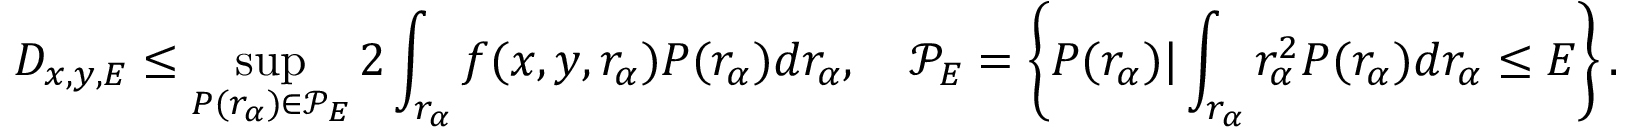
D _ { x , y , E } \leq \operatorname* { s u p } _ { P ( r _ { \alpha } ) \in \mathcal { P } _ { E } } 2 \int _ { r _ { \alpha } } f ( x , y , r _ { \alpha } ) P ( r _ { \alpha } ) d r _ { \alpha } , \quad \mathcal { P } _ { E } = \left\{ P ( r _ { \alpha } ) | \int _ { r _ { \alpha } } r _ { \alpha } ^ { 2 } P ( r _ { \alpha } ) d r _ { \alpha } \leq E \right\} .